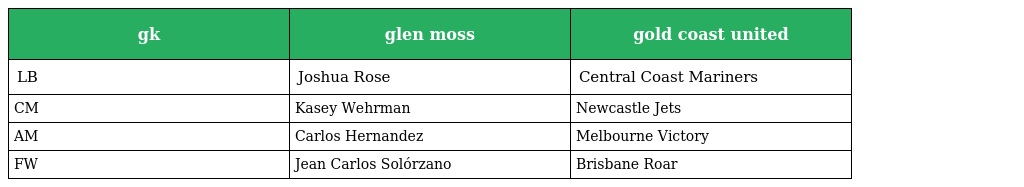
| gk | glen moss | gold coast united |
 | --- | --- | --- |
 | LB | Joshua Rose | Central Coast Mariners |
 | CM | Kasey Wehrman | Newcastle Jets |
 | AM | Carlos Hernandez | Melbourne Victory |
 | FW | Jean Carlos Solórzano | Brisbane Roar |